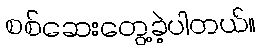
စစ်ဆေးတွေ့ခဲ့ပါတယ်။